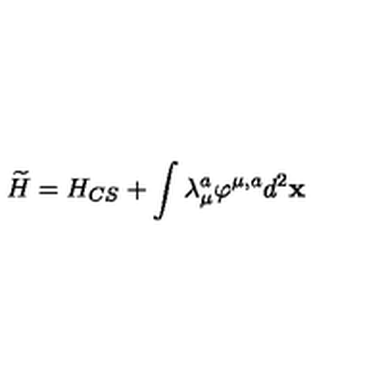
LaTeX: \widetilde { H } = H _ { C S } + \int \lambda _ { \mu } ^ { a } \varphi ^ { \mu , a } d ^ { 2 } { \bf x }